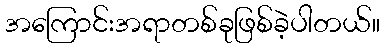
အကြောင်းအရာတစ်ခုဖြစ်ခဲ့ပါတယ်။